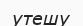
утешу